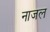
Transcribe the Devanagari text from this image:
नाजल